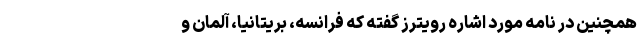
همچنین در نامه مورد اشاره رویترز گفته که فرانسه، بریتانیا، آلمان و